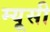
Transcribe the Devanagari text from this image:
म्यूसी